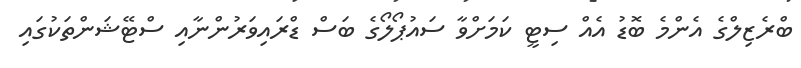
ބްރެޒިލްގެ އެންމެ ބޮޑު އެއް ސިޓީ ކަމަށްވާ ސައުޕޯލޯގެ ބަސް ޑްރައިވަރުންނާއި ސްޓޭޝަންތަކުގައި